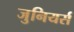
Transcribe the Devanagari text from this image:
जुनियर्स